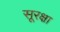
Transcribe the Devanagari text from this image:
सूरक्षा